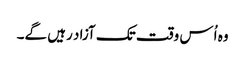
وہ اُس وقت تک آزاد رہیں گے۔